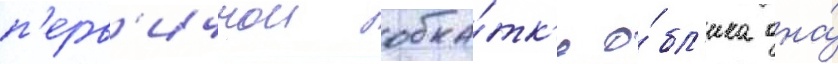
п'ерв'ичнои обка́тк'е о́бл'ика она́